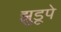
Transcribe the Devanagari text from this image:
झुडूपे